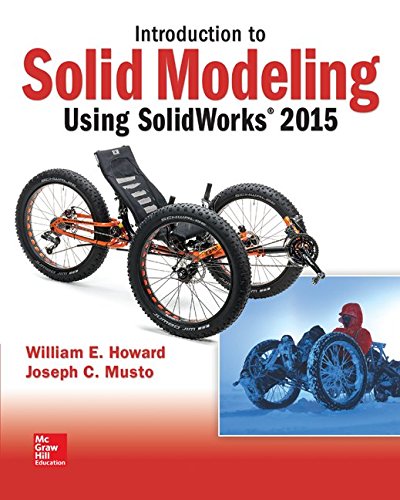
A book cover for Introduction to Solid Modeling Using SolidWorks 2015; William Howard; Engineering & Transportation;